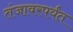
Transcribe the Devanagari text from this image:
तंजावरपर्यंत